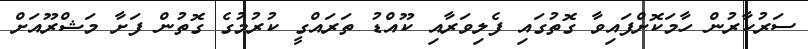
ސަރުކާރުން ހާމަކޮށްފައިވާ ގޮތުގައި ފެލިވަރާއި ކޫއްޑު ތަރައްގީ ކުރުމުގެ ގޮތުން ފަށާ މަޝްރޫއަށް